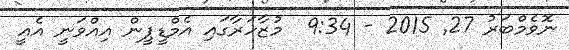
ނޮވެމްބަރު 27